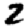
Digit: 2